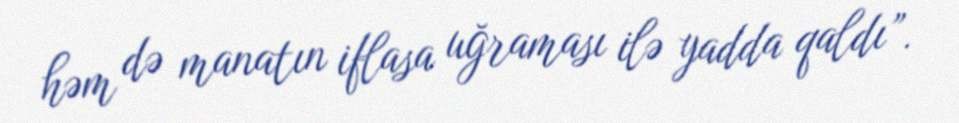
həm də manatın iflasa uğraması ilə yadda qaldı”.